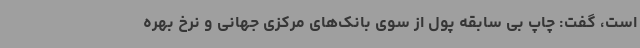
است، گفت: چاپ بی سابقه پول از سوی بانک‌های مرکزی جهانی و نرخ بهره